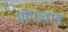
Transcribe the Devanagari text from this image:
भोपावाड